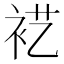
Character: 𰳵